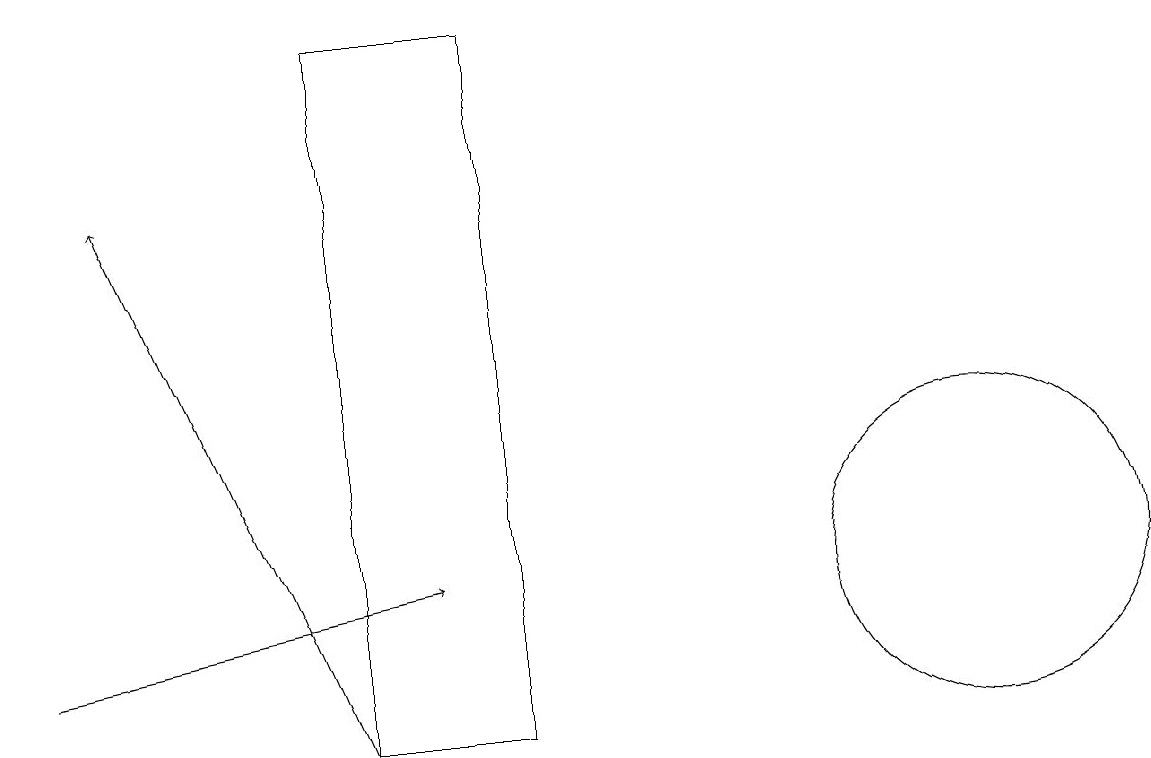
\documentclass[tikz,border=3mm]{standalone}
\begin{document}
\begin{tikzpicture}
\draw (6,10) rectangle (4,19);
\draw (12,12) circle (2);
\draw[->] (4,10) -- (1,17);
\draw[->] (0,11) -- (5,12);
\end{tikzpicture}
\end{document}